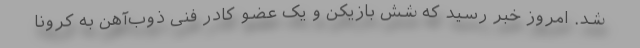
شد. امروز خبر رسید که شش بازیکن و یک عضو کادر فنی ذوب‌آهن به کرونا